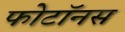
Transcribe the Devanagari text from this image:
फोटॉनस